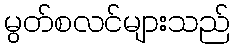
မွတ်စလင်များသည်